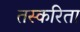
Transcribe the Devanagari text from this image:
तस्करिता